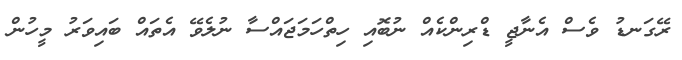
ރޭގަނޑު ވެސް އެނާޖީ ޑްރިންކެއް ނުބޮއި ހިތްހަމަޖައްސާ ނުލެވޭ އެތައް ބައިވަރު މީހުން